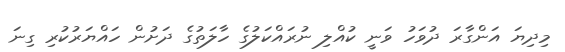
މިދިޔަ އަންގާރަ ދުވަހު ވަނީ ކުއްލި ނުރައްކަލުގެ ހާލަތުގެ ދަށުން ހައްޔަރުކުރި ގިނަ